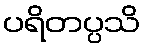
ပရိတပ္ပသိ